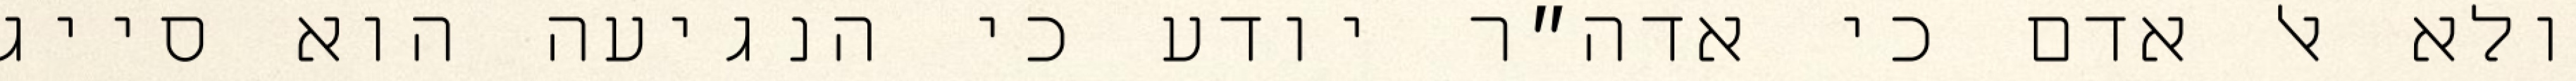
ולא אל אדם כי אדה״ר יודע כי הנגיעה הוא סייג